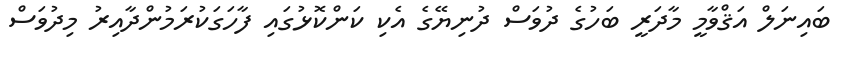
ބައިނަލް އަޤްވާމީ މާދަރީ ބަހުގެ ދުވަސް ދުނިޔޭގެ އެކި ކަންކޮޅުގައި ފާހަގަކުރަމުންދާއިރު މިދުވަސް